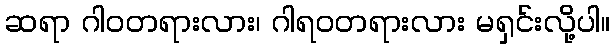
ဆရာ ဂါဝတရားလား၊ ဂါရဝတရားလား မရှင်းလို့ပါ။